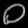
Digit: ၀